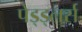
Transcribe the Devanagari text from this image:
पेड्ड्लर्स